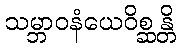
သမ္ဘာဝနံယေဝိစ္ဆန္တိ